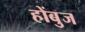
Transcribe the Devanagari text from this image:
होंबुज